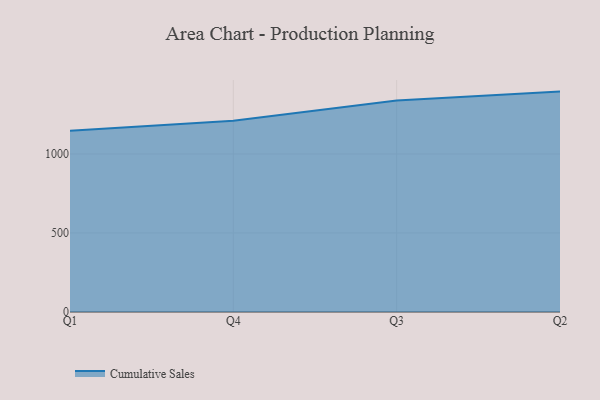
{"axis": {"x": "Quarter", "y": "Temperature (°C)"}, "legend": ["Cumulative Sales"], "data": [{"x": "Q1", "y": 1146.4, "type": "Cumulative Sales"}, {"x": "Q4", "y": 1210.3, "type": "Cumulative Sales"}, {"x": "Q3", "y": 1338.6, "type": "Cumulative Sales"}, {"x": "Q2", "y": 1394.7, "type": "Cumulative Sales"}]}